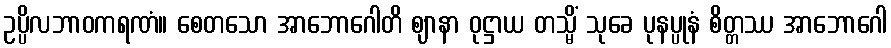
ဥပ္ပိလဘာဝကရဏံ။ စေတသော အာဘောဂေါတိ ဈာနာ ဝုဋ္ဌာယ တသ္မိံ သုခေ ပုနပ္ပုနံ စိတ္တဿ အာဘောဂေါ